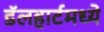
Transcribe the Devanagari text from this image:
डॅलहार्टमध्ये